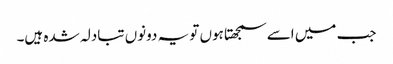
جب میں اسے سمجھتا ہوں تو یہ دونوں تبادلہ شدہ ہیں۔